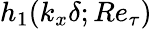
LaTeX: h_{1}(k_{x}\delta;Re_{\tau})